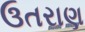
ઉતરાણ